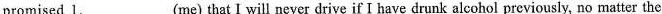
promised 1.___ (me) that I will never drive if I have drunk alcohol previously, no matter the